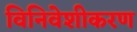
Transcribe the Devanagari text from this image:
विनिवेशीकरण